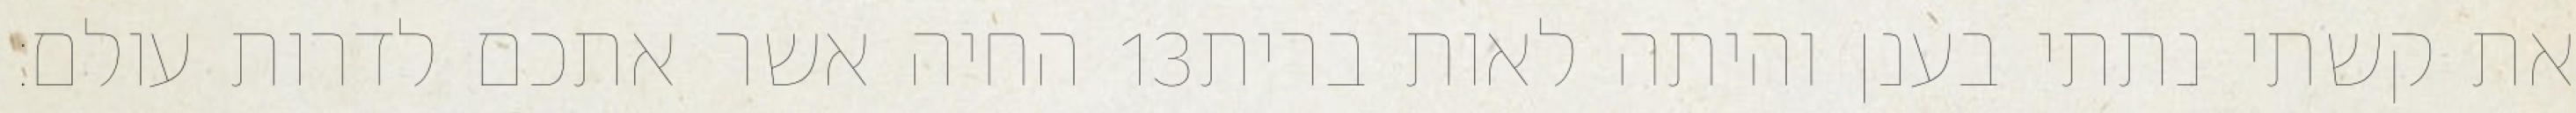
החיה אשר אתכם לדרות עולם׃ ‎13‏ את קשתי נתתי בענן והיתה לאות ברית